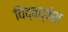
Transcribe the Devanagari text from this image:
विद्वद्वंश